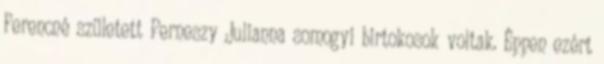
Ferencné született Perneszy Julianna somogyi birtokosok voltak. Éppen ezért